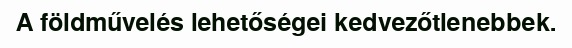
A földművelés lehetőségei kedvezőtlenebbek.